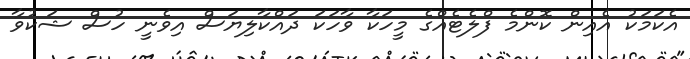
އެކަމަކު އެއިން ކޮންމެ ފްލެޓެއްގެ މީހަކާ ވާހަކަ ދައްކާލިޔަސް އިވެނީ ހުސް ޝަކުވާ